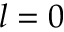
l = 0